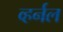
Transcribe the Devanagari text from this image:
व्हर्नल